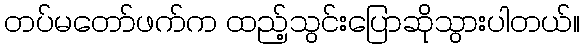
တပ်မတော်ဖက်က ထည့်သွင်းပြောဆိုသွားပါတယ်။